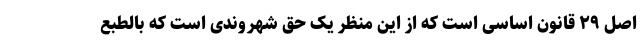
اصل ۲۹ قانون اساسی است که از این منظر یک حق شهروندی است که بالطبع